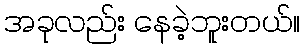
အခုလည်း နေခဲ့ဘူးတယ်။